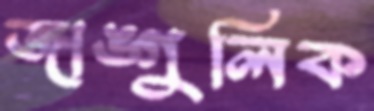
জাঙ্গুলিক